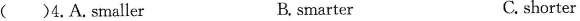
( )4.A.smaller B.smarter C.shorter